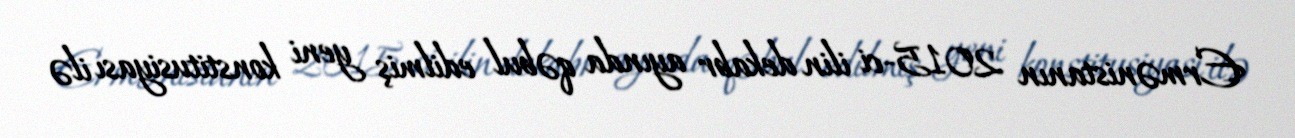
Ermənistanın 2015-ci ilin dekabr ayında qəbul edilmiş yeni konstitusiyası ilə